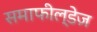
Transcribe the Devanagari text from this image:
समाफील्डेज़